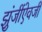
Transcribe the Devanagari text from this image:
झुंजींऐवजी